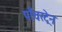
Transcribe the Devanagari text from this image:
पाँचरट्रेन